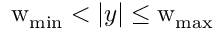
\mathrm { w } _ { \mathrm { m i n } } < | y | \le \mathrm { w } _ { \mathrm { m a x } }